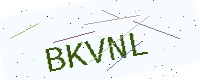
Text: BKVNL